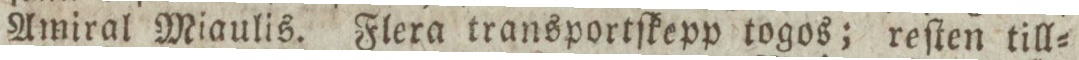
Amiral Miaulis. Flera transportſkepp togos; reſten till=